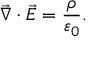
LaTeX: { \vec { \nabla } } \cdot { \vec { E } } = { \frac { \rho } { \varepsilon _ { 0 } } } .